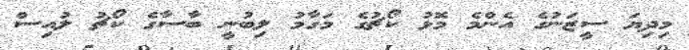
މިދިޔަ ސީޒަނުގެ އެންމެ މޮޅު ކޯޗުގެ މަގާމު ލިބުނީ ބާސާގެ ކޯޗު ލުއިސް